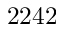
2 2 4 2